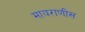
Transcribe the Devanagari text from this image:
मायराणीस